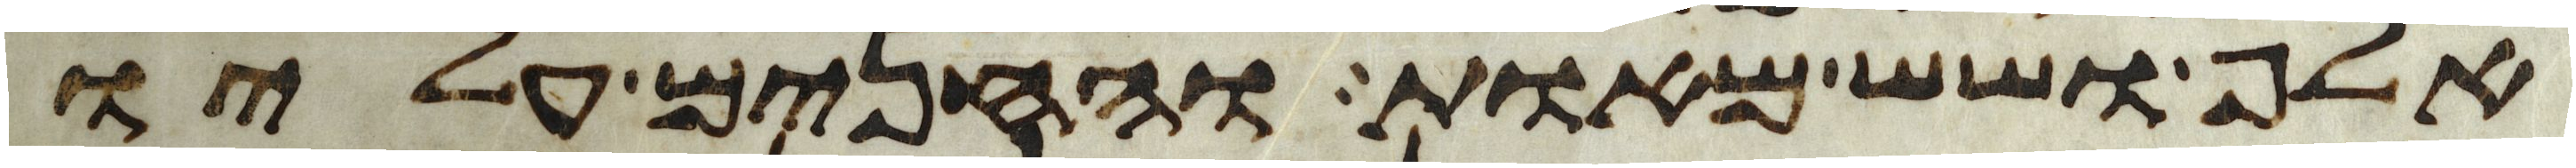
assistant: אלף ושש מאות והחנים עליו